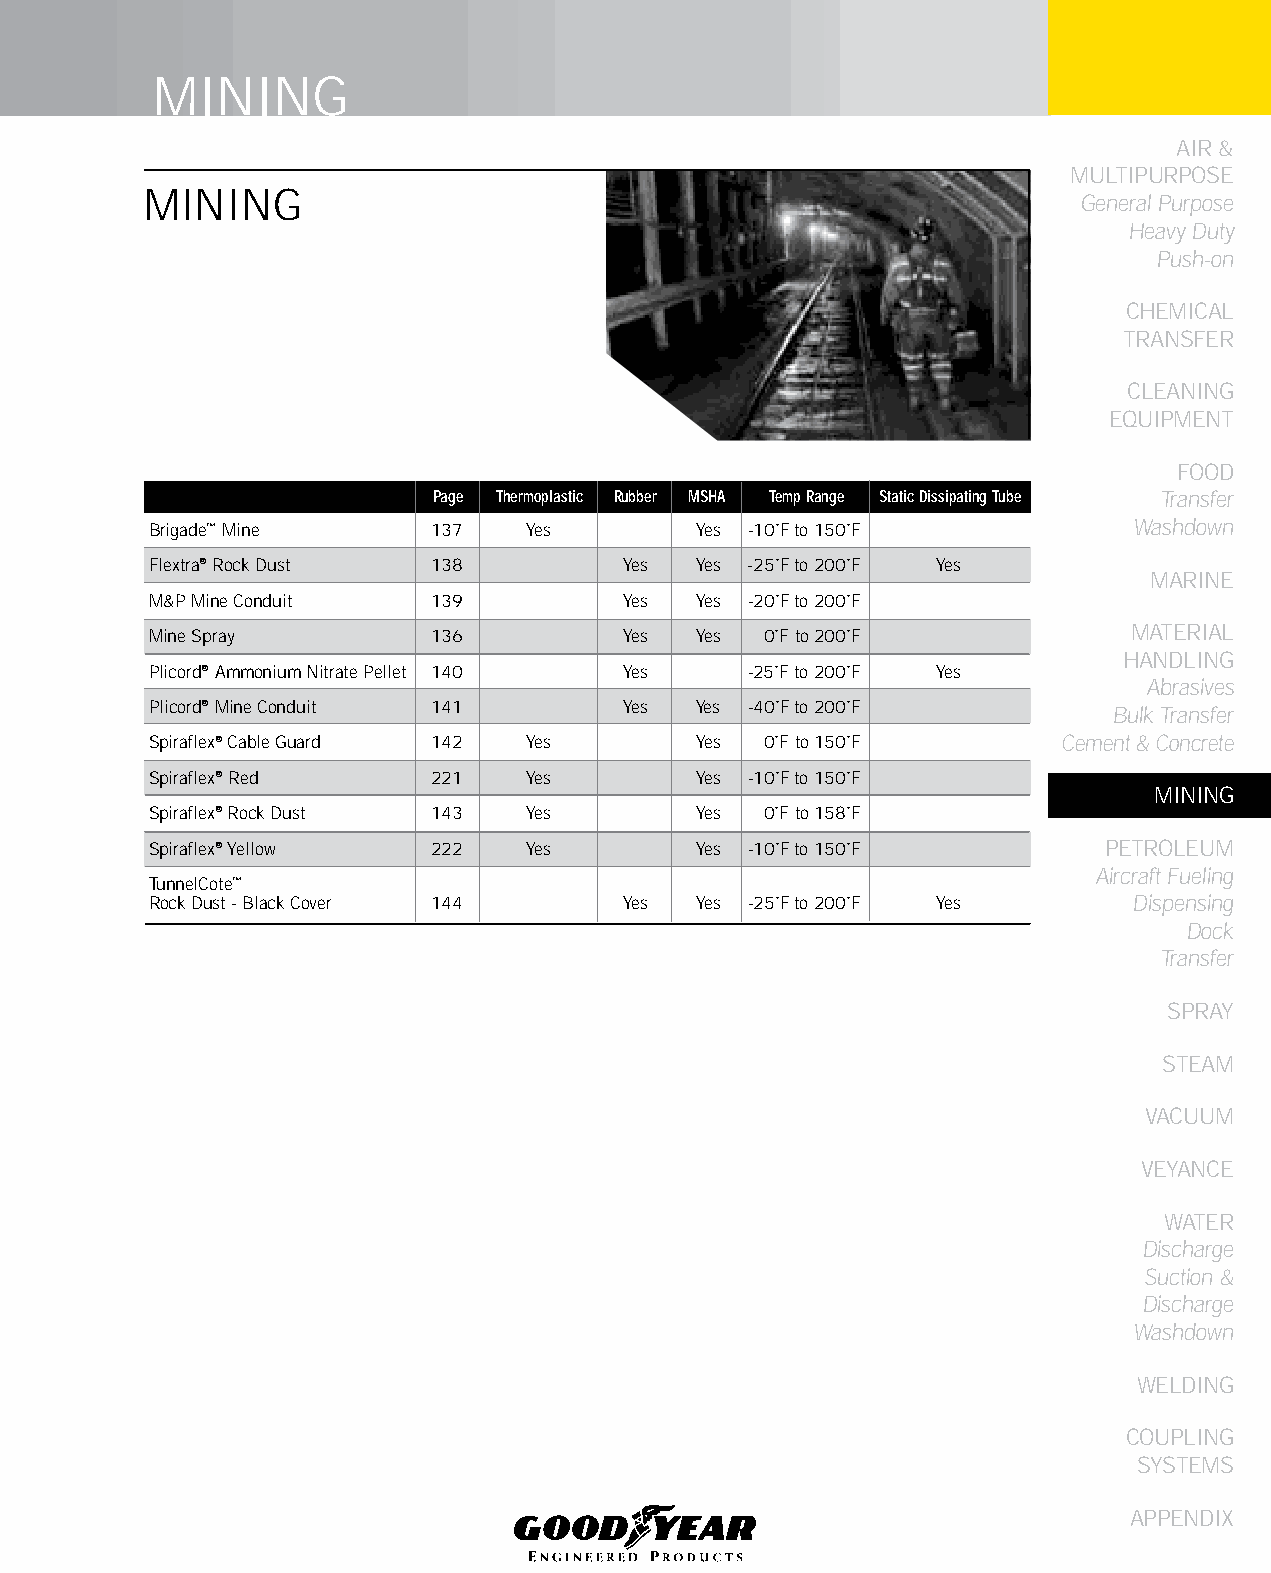
MINING
 AIR &
 MULTIPURPOSE
 MINING
 General Purpose
 Heavy Duty
 Push-on
 CHEMICAL
 TRANSFER
 CLEANING
 EqUIPMENT
 FOOD
 Page Thermoplastic Rubber MSHA Temp Range Static Dissipating Tube Transfer
 Brigade™ Mine      137   Yes        Yes -10˚F to 150˚F           Washdown
 Flextra® Rock Dust 138         Yes  Yes -25˚F to 200˚F Yes
 MARINE
 M&P Mine Conduit   139         Yes  Yes -20˚F to 200˚F
 Mine Spray         136         Yes  Yes  0˚F to 200˚F            MATERIAL
 HANDLING
 Plicord® Ammonium Nitrate Pellet 140 Yes -25˚F to 200˚F Yes
 Abrasives
 Plicord® Mine Conduit 141      Yes  Yes -40˚F to 200˚F          Bulk Transfer
 Spiraflex® Cable Guard 142 Yes      Yes  0˚F to 150˚F       Cement & Concrete
 Spiraflex® Red     221   Yes        Yes -10˚F to 150˚F
 MINING
 Spiraflex® Rock Dust 143 Yes        Yes  0˚F to 158˚F
 Spiraflex® Yellow  222   Yes        Yes -10˚F to 150˚F         PETROLEUM
 Aircraft Fueling
 TunnelCote™
 Rock Dust - Black Cover 144    Yes  Yes -25˚F to 200˚F Yes       Dispensing
 Dock
 Transfer
 SPRAY
 STEAM
 VACUUM
 VEYANCE
 WATER
 Discharge
 Suction &
 Discharge
 Washdown
 WELDING
 COUPLING
 SYSTEMS
 APPENDIX
 135